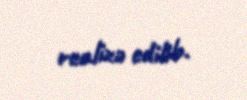
realizə edilib.